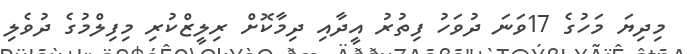
މިދިޔަ މަހުގެ 17ވަނަ ދުވަހު ފިތުރު އީދާއި ދިމާކޮށް ރިލީޒްކުރި މިފިލްމުގެ ދުވެލި